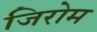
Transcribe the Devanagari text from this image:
जिरोम